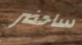
ساحضر